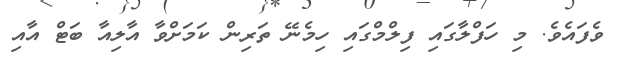
ވެފައެވެ. މި ހަފްލާގައި ފިލްމްގައި ހިމެނޭ ތަރިން ކަމަށްވާ އާލިއާ ބަޓް އާއި